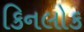
કિનલોક